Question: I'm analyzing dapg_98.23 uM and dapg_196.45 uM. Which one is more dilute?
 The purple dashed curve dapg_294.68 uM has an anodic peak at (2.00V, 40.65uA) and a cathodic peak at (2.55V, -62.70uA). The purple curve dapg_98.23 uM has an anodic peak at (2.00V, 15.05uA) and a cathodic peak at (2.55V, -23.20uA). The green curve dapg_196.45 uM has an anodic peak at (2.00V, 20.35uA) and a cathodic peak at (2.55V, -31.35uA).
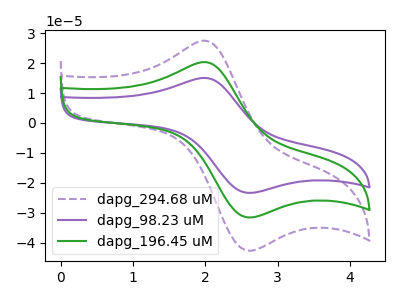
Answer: <think>All the peaks in "dapg_98.23 uM" have a peak in "dapg_196.45 uM" at the same potential. Every peak in "dapg_98.23 uM" is lower than every peak in "dapg_196.45 uM".
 </think>
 <answer>"dapg_98.23 uM" has less signal than "dapg_196.45 uM" and so likely has a lower concentration.</answer>
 <eval>less_concentration</eval>